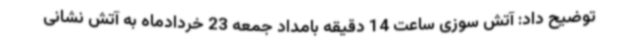
توضیح داد: آتش سوزی ساعت 14 دقیقه بامداد جمعه 23 خردادماه به آتش نشانی